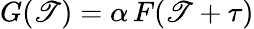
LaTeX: G(\mathscr{T})=\alpha\, F(\mathscr{T}+\tau)